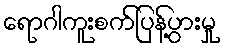
ရောဂါကူးစက်ပြန့်ပွားမှု